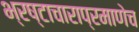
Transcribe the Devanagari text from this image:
भ्रष्टाचाराप्रमाणेच